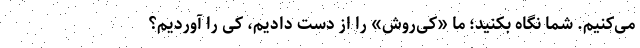
می‌کنیم. شما نگاه بکنید؛ ما «کی‌روش» را از دست دادیم، کی را آوردیم؟